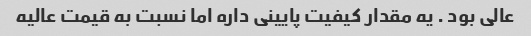
عالی بود . یه مقدار کیفیت پایینی داره اما نسبت به قیمت عالیه